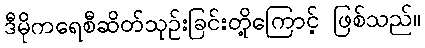
ဒီမိုကရေစီဆိတ်သုဉ်းခြင်းတို့ကြောင့် ဖြစ်သည်။